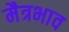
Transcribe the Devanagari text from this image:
मैत्रभाव